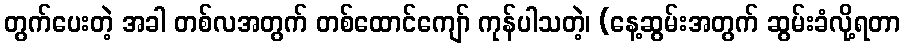
တွက်ပေးတဲ့ အခါ တစ်လအတွက် တစ်ထောင်ကျော် ကုန်ပါသတဲ့၊ (နေ့ဆွမ်းအတွက် ဆွမ်းခံလို့ရတာ